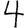
Digit: 4